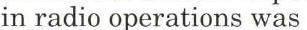
in radio operations was